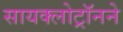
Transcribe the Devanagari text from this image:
सायक्लोट्रॉनने